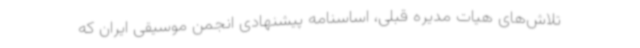
تلاش‌های هیات مدیره قبلی، اساسنامه پیشنهادی انجمن موسیقی ایران که